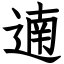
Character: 遖